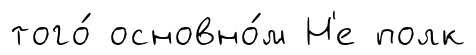
того́ основно́м Н'е полк